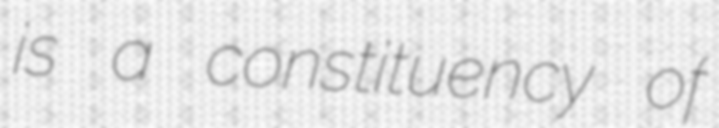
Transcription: is a constituency of